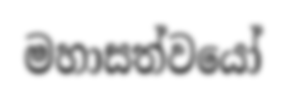
මහාසත්වයෝ